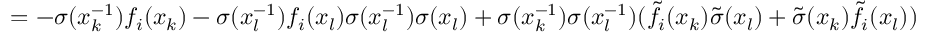
= - \sigma ( x _ { k } ^ { - 1 } ) f _ { i } ( x _ { k } ) - \sigma ( x _ { l } ^ { - 1 } ) f _ { i } ( x _ { l } ) \sigma ( x _ { l } ^ { - 1 } ) \sigma ( x _ { l } ) + \sigma ( x _ { k } ^ { - 1 } ) \sigma ( x _ { l } ^ { - 1 } ) ( \tilde { f } _ { i } ( x _ { k } ) \tilde { \sigma } ( x _ { l } ) + \tilde { \sigma } ( x _ { k } ) \tilde { f } _ { i } ( x _ { l } ) )